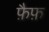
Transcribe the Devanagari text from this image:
फ़ैफ़